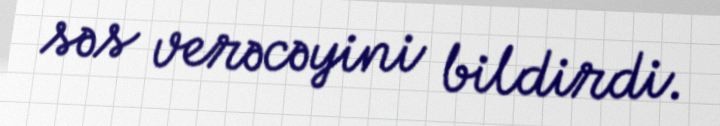
səs verəcəyini bildirdi.